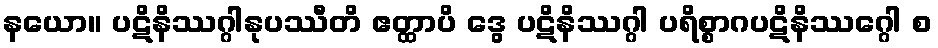
နယော။ ပဋိနိဿဂ္ဂါနုပဿီတိ ဧတ္ထာပိ ဒွေ ပဋိနိဿဂ္ဂါ ပရိစ္စာဂပဋိနိဿဂ္ဂေါ စ